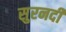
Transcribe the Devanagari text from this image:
सुरनदी